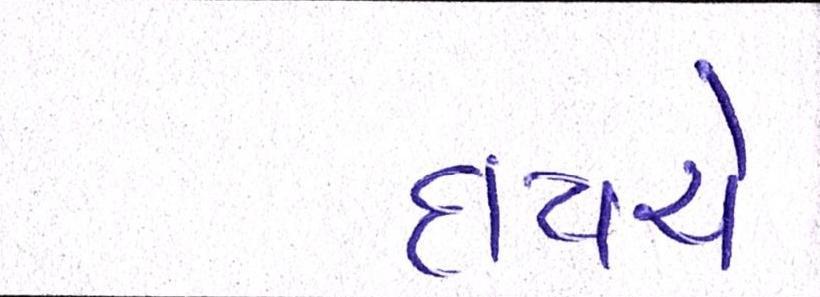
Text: દાયચે